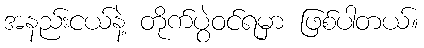
အနည်းငယ်နဲ့ တိုက်ပွဲဝင်ရမှာ ဖြစ်ပါတယ်။